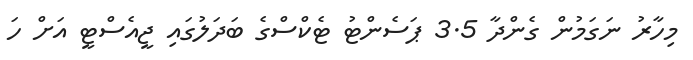
މިހާރު ނަގަމުން ގެންދާ 3.5 ޕަސެންޓު ޓެކްސްގެ ބަދަލުގައި ޖީއެސްޓީ އަށް ހަ